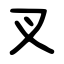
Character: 叉